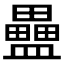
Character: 𥃇